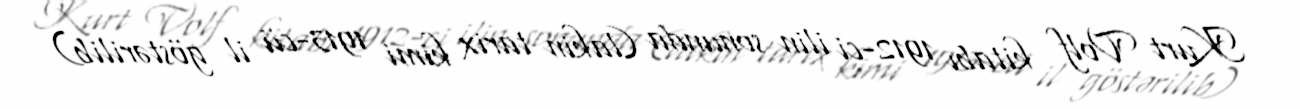
Kurt Volf kitabı 1912-ci ilin sonunda (lakin tarix kimi 1913-cü il göstərilib)